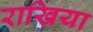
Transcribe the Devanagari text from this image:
राखिया